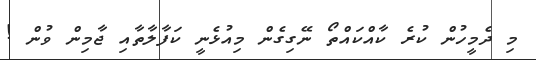
މި ދެމީހުން ކުރެ ކާއްކައްތޯ ނޭގިގެން މިއުޅެނީ ކަފާލާތާއި ޖާމިން ވުން !